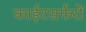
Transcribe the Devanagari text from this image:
काईटसर्फरों